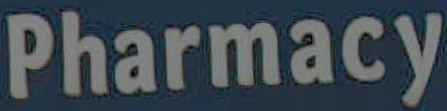
Pharmacy